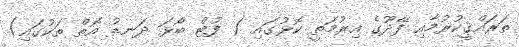
ތަރައްޤީކުރުމާއި ފޭދޫގެ އިރުމަތީ ކޮޅުގައި ( ފުޓް ބޯޅަ ދަނޑު އޮތް ތަކުގައި)